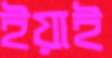
ইয়াই